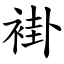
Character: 褂